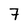
Character: 7